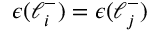
\epsilon ( \ell _ { i } ^ { - } ) = \epsilon ( \ell _ { j } ^ { - } )